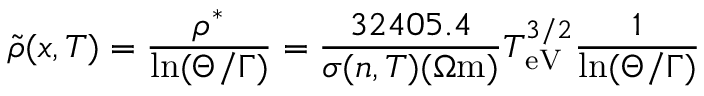
\tilde { \rho } ( x , T ) = \frac { \rho ^ { * } } { \ln ( \Theta / \Gamma ) } = \frac { 3 2 4 0 5 . 4 } { \sigma ( n , T ) ( \Omega \mathrm { m } ) } T _ { \mathrm { e V } } ^ { 3 / 2 } \frac { 1 } { \ln ( \Theta / \Gamma ) }